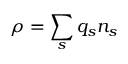
\rho = \sum _ { s } q _ { s } n _ { s }